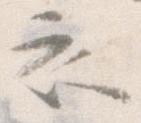
衣